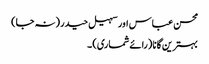
محسن عباس اور سہیل حیدر (نہ جا)
بہترین گانا (رائے شماری) ۔